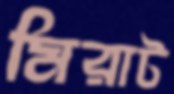
মিরাট